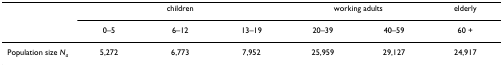
|  | <COLSPAN=3> children | <COLSPAN=2> working adults | elderly |
 |  | 0–5 | 6–12 | 13–19 | 20–39 | 40–59 | 60 + |
 | --- | --- | --- | --- | --- | --- | --- |
 | Population size Na | 5,272 | 6,773 | 7,952 | 25,959 | 29,127 | 24,917 |